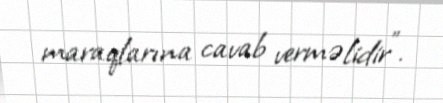
maraqlarına cavab verməlidir”.